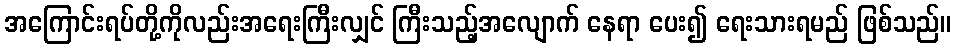
အကြောင်းရပ်တို့ကိုလည်းအရေးကြီးလျှင် ကြီးသည့်အလျောက် နေရာ ပေး၍ ရေးသားရမည် ဖြစ်သည်။